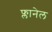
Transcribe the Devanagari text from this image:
फ्लानेल